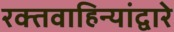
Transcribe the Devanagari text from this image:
रक्तवाहिन्यांद्वारे